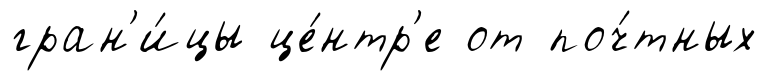
гран'и́цы це́нтр'е от поч́тных